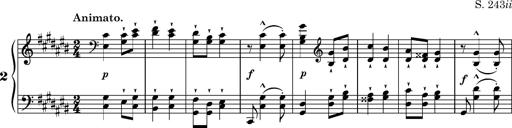
Title: Ungarische Nationalmelodien, S.243
Composer: Franz Liszt